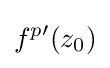
f^{p\prime }(z_{0})